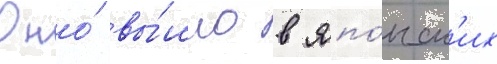
Оно́ вы́шло в япо́нск'их